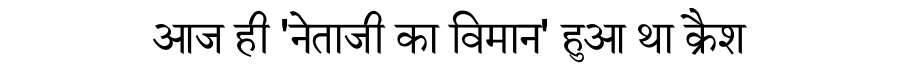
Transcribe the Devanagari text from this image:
आज ही 'नेताजी का विमान' हुआ था क्रैश